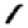
Digit: 1